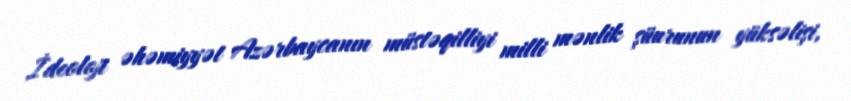
İdeoloji əhəmiyyət Azərbaycanın müstəqilliyi milli mənlik şüurunun yüksəlişi,